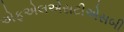
એફએલએસટીએસબી